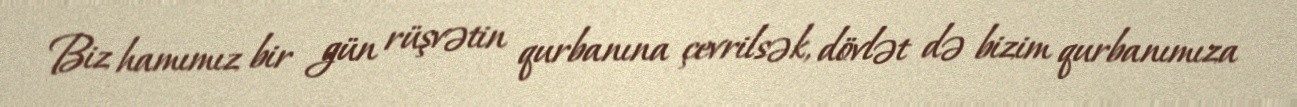
Biz hamımız bir gün rüşvətin qurbanına çevrilsək, dövlət də bizim qurbanımıza